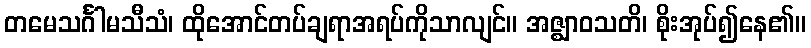
တမေသင်္ဂါမသီသံ၊ ထိုအောင်တပ်ချရာအရပ်ကိုသာလျင်။ အဇ္ဈာဝသတိ၊ စိုးအုပ်၍နေ၏။